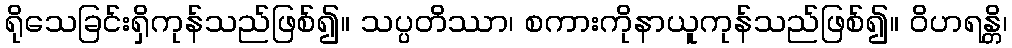
ရိုသေခြင်းရှိကုန်သည်ဖြစ်၍။ သပ္ပတိဿာ၊ စကားကိုနာယူကုန်သည်ဖြစ်၍။ ဝိဟရန္တိ၊